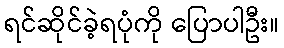
ရင်ဆိုင်ခဲ့ရပုံကို ပြောပါဦး။